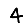
Digit: 4